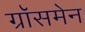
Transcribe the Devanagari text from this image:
ग्रॉसमेन